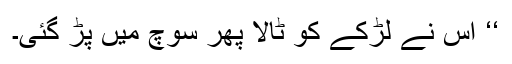
‘‘ اس نے لڑکے کو ٹالا پھر سوچ میں پڑ گئی۔